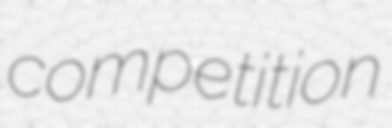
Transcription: competition